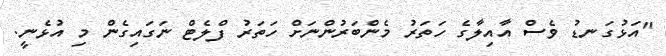
"އަޅުގަނޑު ވެސް އާއިލާގެ ހަތަރު މެންބަރުންނަށް ހަތަރު ފްލެޓް ނަގައިގެން މި އުޅެނީ.